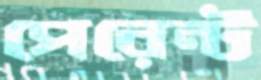
পেরেন্ট